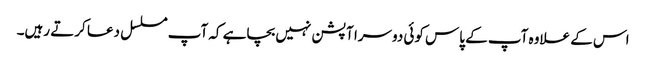
اس کے علاوہ آپ کے پاس کوئی دوسرا آپشن نہیں بچاہے کہ آپ مسلسل دعا کرتے رہیں۔